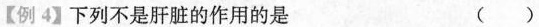
【例4】下列不是肝脏的作用的是 ( )